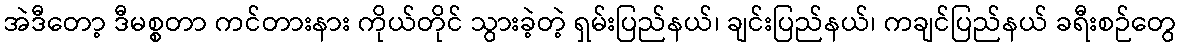
အဲဒီတော့ ဒီမစ္စတာ ကင်တားနား ကိုယ်တိုင် သွားခဲ့တဲ့ ရှမ်းပြည်နယ်၊ ချင်းပြည်နယ်၊ ကချင်ပြည်နယ် ခရီးစဉ်တွေ